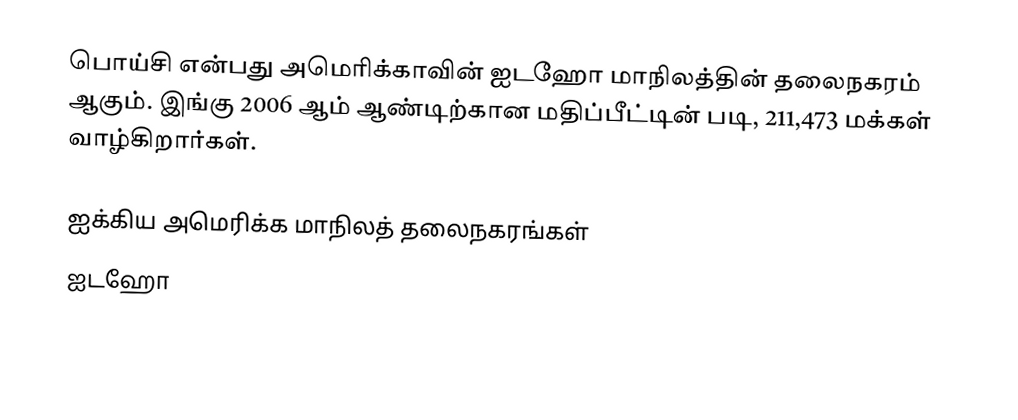
பொய்சி என்பது அமெரிக்காவின் ஐடஹோ மாநிலத்தின் தலைநகரம் ஆகும். இங்கு 2006 ஆம் ஆண்டிற்கான மதிப்பீட்டின் படி, 211,473 மக்கள் வாழ்கிறார்கள்.

ஐக்கிய அமெரிக்க மாநிலத் தலைநகரங்கள்
ஐடஹோ